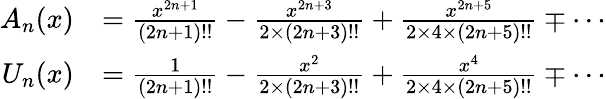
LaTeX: {\begin{array}{rl}{A_{n}(x)}&{={\frac{x^{2n+1}}{(2n+1)!!}}-{\frac{x^{2n+3}}{2\times(2n+3)!!}}+{\frac{x^{2n+5}}{2\times 4\times(2n+5)!!}}\mp\cdots}\\ {U_{n}(x)}&{={\frac{1}{(2n+1)!!}}-{\frac{x^{2}}{2\times(2n+3)!!}}+{\frac{x^{4}}{2\times 4\times(2n+5)!!}}\mp\cdots}\end{array}}